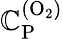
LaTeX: \mathbb{C}_{\mathrm{{P}}}^{\mathrm{{(O_{2})}}}